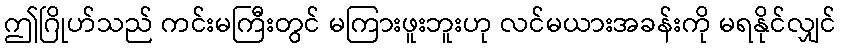
ဤဂြိုဟ်သည် ကင်းမကြီးတွင် မကြားဖူးဘူးဟု လင်မယားအခန်းကို မရနိုင်လျှင်